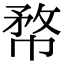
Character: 㡔